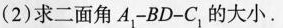
(2)求二面角A_{1}-BD-C_{1}的大小.